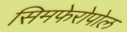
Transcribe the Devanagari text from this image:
सिमफेरोपोल